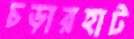
চড়ারহাট